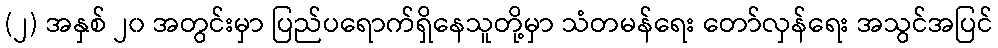
(၂) အနှစ် ၂၀ အတွင်းမှာ ပြည်ပရောက်ရှိနေသူတို့မှာ သံတမန်ရေး တော်လှန်ရေး အသွင်အပြင်